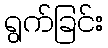
ရွက်ခြင်း